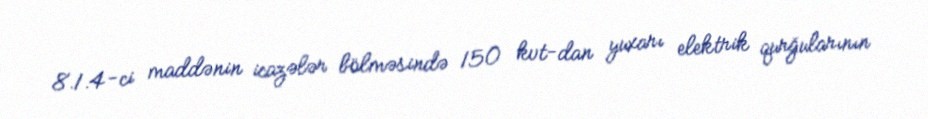
8.1.4-ci maddənin icazələr bölməsində 150 kvt-dan yuxarı elektrik qurğularının